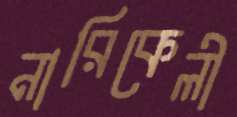
নারিকেলী